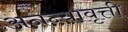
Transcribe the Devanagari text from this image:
अनन्यावृत्ती